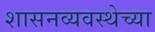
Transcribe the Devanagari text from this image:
शासनव्यवस्थेच्या